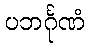
ပဘင်္ဂုဏံ